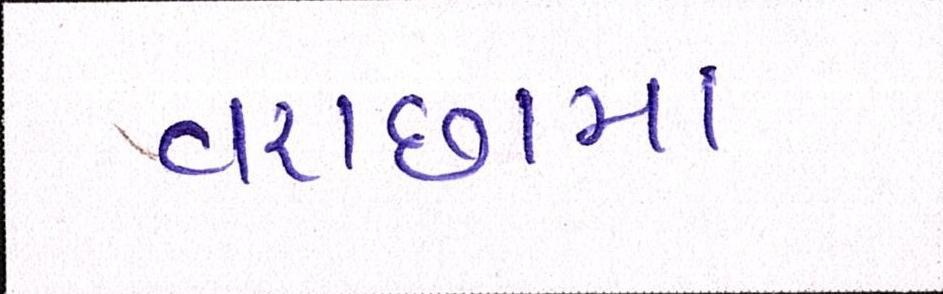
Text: વરાછામાં